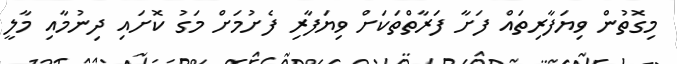
މިގޮތުން ވިޔަފާރިތައް ފަށާ ފަރާތްތަކަށް ވިޔަފާރި ފެށުމަށް މަގު ކޮށައި ދިނުމާއި މާލީ